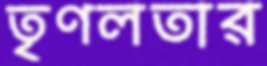
তৃণলতার